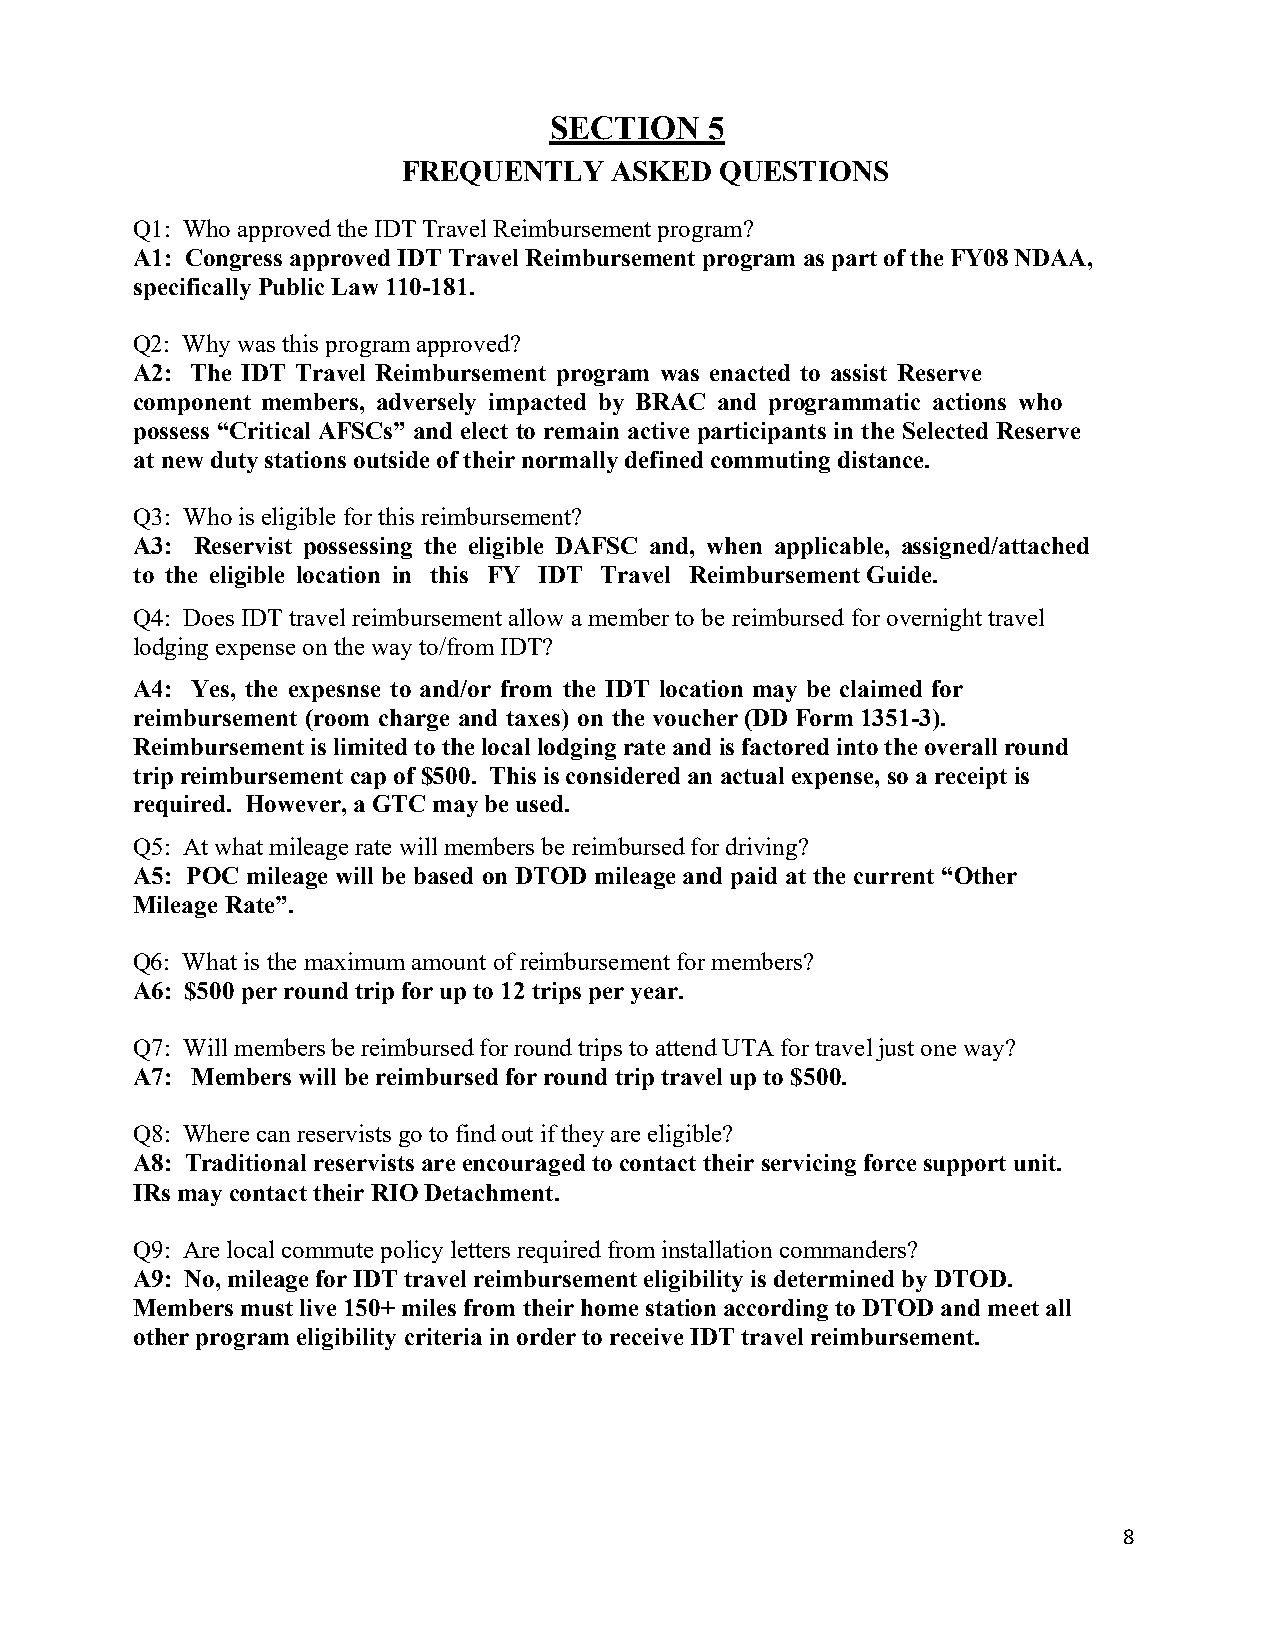
SECTION    5
 FREQUENTLY   ASKED   QUESTIONS
 Q1: Who approved the IDT Travel Reimbursement program?
 A1: Congress approved IDT Travel Reimbursement program as part of the FY08 NDAA,
 specifically Public Law 110-181.
 Q2: Why was this program approved?
 A2: The IDT Travel Reimbursement program was enacted to assist Reserve
 component members, adversely impacted by BRAC and programmatic actions who
 possess “Critical AFSCs” and elect to remain active participants in the Selected Reserve
 at new duty stations outside of their normally defined commuting distance.
 Q3: Who is eligible for this reimbursement?
 A3: Reservist possessing the eligible DAFSC and, when applicable, assigned/attached
 to the eligible location in this FY IDT Travel Reimbursement Guide.
 Q4: Does IDT travel reimbursement allow a member to be reimbursed for overnight travel
 lodging expense on the way to/from IDT?
 A4: Yes, the expesnse to and/or from the IDT location may be claimed for
 reimbursement (room charge and taxes) on the voucher (DD Form 1351-3).
 Reimbursement is limited to the local lodging rate and is factored into the overall round
 trip reimbursement cap of $500. This is considered an actual expense, so a receipt is
 required. However, a GTC may be used.
 Q5: At what mileage rate will members be reimbursed for driving?
 A5: POC mileage will be based on DTOD mileage and paid at the current “Other
 Mileage Rate”.
 Q6: What is the maximum amount of reimbursement for members?
 A6: $500 per round trip for up to 12 trips per year.
 Q7: Will members be reimbursed for round trips to attend UTA for travel just one way?
 A7: Members will be reimbursed for round trip travel up to $500.
 Q8: Where can reservists go to find out if they are eligible?
 A8: Traditional reservists are encouraged to contact their servicing force support unit.
 IRs may contact their RIO Detachment.
 Q9: Are local commute policy letters required from installation commanders?
 A9: No, mileage for IDT travel reimbursement eligibility is determined by DTOD.
 Members must live 150+ miles from their home station according to DTOD and meet all
 other program eligibility criteria in order to receive IDT travel reimbursement.
 8